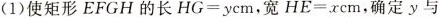
(1)使矩形EFGH的长HG=ycm，宽HE=xcm，确定y与